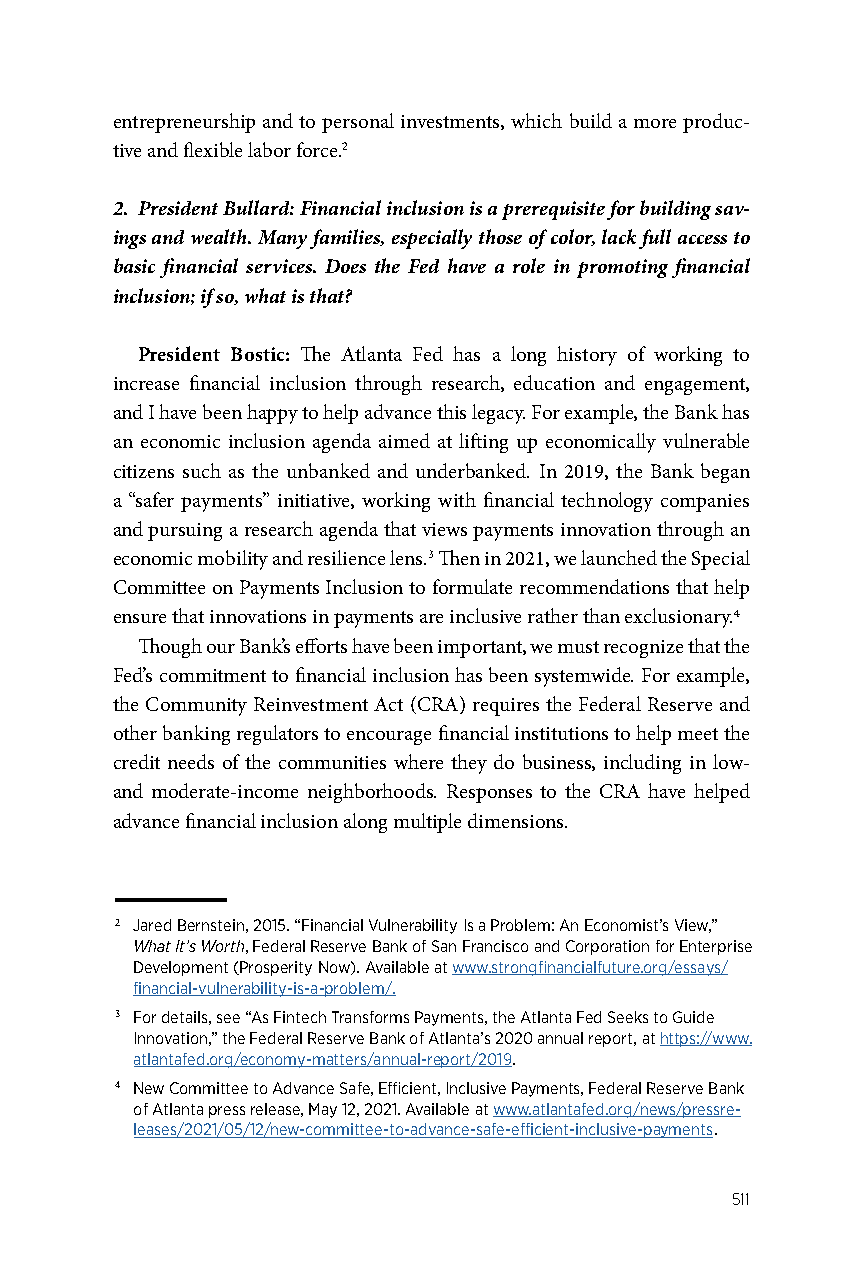
entrepreneurship and to personal investments, which build a more produc-
 tive and flexible labor force.2
 2. President Bullard: Financial inclusion is a prerequisite for building sav-
 ings and wealth. Many families, especially those of color, lack full access to
 basic financial services. Does the Fed have a role in promoting financial
 inclusion; if so, what is that?
 President Bostic: The Atlanta Fed has a long history of working to
 increase financial inclusion through research, education and engagement,
 and I have been happy to help advance this legacy. For example, the Bank has
 an economic inclusion agenda aimed at lifting up economically vulnerable
 citizens such as the unbanked and underbanked. In 2019, the Bank began
 a “safer payments” initiative, working with financial technology companies
 and pursuing a research agenda that views payments innovation through an
 economic mobility and resilience lens.3 Then in 2021, we launched the Special
 Committee on Payments Inclusion to formulate recommendations that help
 ensure that innovations in payments are inclusive rather than exclusionary.4
 Though our Bank’s efforts have been important, we must recognize that the
 Fed’s commitment to financial inclusion has been systemwide. For example,
 the Community Reinvestment Act (CRA) requires the Federal Reserve and
 other banking regulators to encourage financial institutions to help meet the
 credit needs of the communities where they do business, including in low-
 and moderate-income neighborhoods. Responses to the CRA have helped
 advance financial inclusion along multiple dimensions.
 2 Jared Bernstein, 2015. “Financial Vulnerability Is a Problem: An Economist’s View,”
 What It’s Worth, Federal Reserve Bank of San Francisco and Corporation for Enterprise
 Development (Prosperity Now). Available at www.strongfinancialfuture.org/essays/
 financial-vulnerability-is-a-problem/.
 3 For details, see “As Fintech Transforms Payments, the Atlanta Fed Seeks to Guide
 Innovation,” the Federal Reserve Bank of Atlanta’s 2020 annual report, at https://www.
 atlantafed.org/economy-matters/annual-report/2019.
 4 New Committee to Advance Safe, Efficient, Inclusive Payments, Federal Reserve Bank
 of Atlanta press release, May 12, 2021. Available at www.atlantafed.org/news/pressre-
 leases/2021/05/12/new-committee-to-advance-safe-efficient-inclusive-payments.
 511